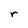
Character: r